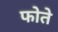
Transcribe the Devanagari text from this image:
फोते